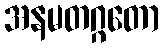
အနမတဂ္ဂတော